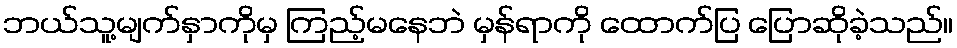
ဘယ်သူ့မျက်နှာကိုမှ ကြည့်မနေဘဲ မှန်ရာကို ထောက်ပြ ပြောဆိုခဲ့သည်။